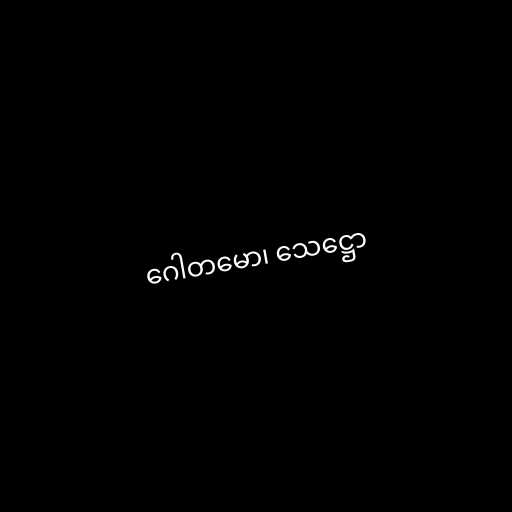
ဂေါတမော၊ သေဋ္ဌော